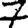
Digit: 7